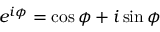
e ^ { i \phi } = \cos \phi + i \sin \phi